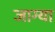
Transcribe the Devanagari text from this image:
जाग्या